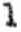
1